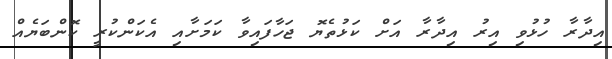
އިދާރާ ހުޅުވި އިރު އިދާރާ އަށް ކަޅުތެޔޮ ޖަހާފައިވާ ކަމަށާއި އެކަންކުރީ ކޮންބަޔެއް